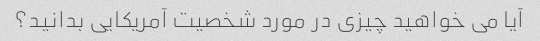
آیا می خواهید چیزی در مورد شخصیت آمریکایی بدانید؟